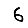
Digit: 6